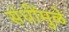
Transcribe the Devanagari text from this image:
संधींमुळे